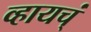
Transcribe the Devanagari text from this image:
व्हायच्ं